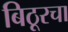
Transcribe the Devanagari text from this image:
बिठूरचा